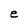
Character: e